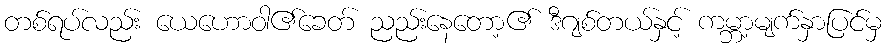
တစ်ရပ်လည်း ယေဟောဝါ၏ခေတ် ညည်းနေတော့၏ ဒီဂျစ်တယ်နှင့် ကမ္ဘာ့မျက်နှာပြင်မှ